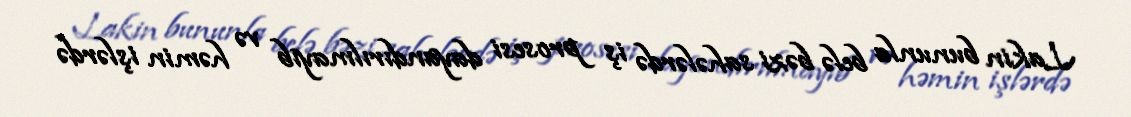
Lakin bununla belə bəzi sahələrdə iş prosesi dayandırılmayıb və həmin işlərdə